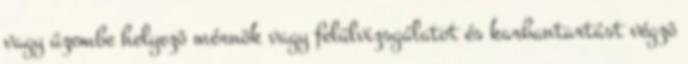
vagy üzembe helyezõ mérnök vagy felülvizsgálatot és karbantartást végzõ